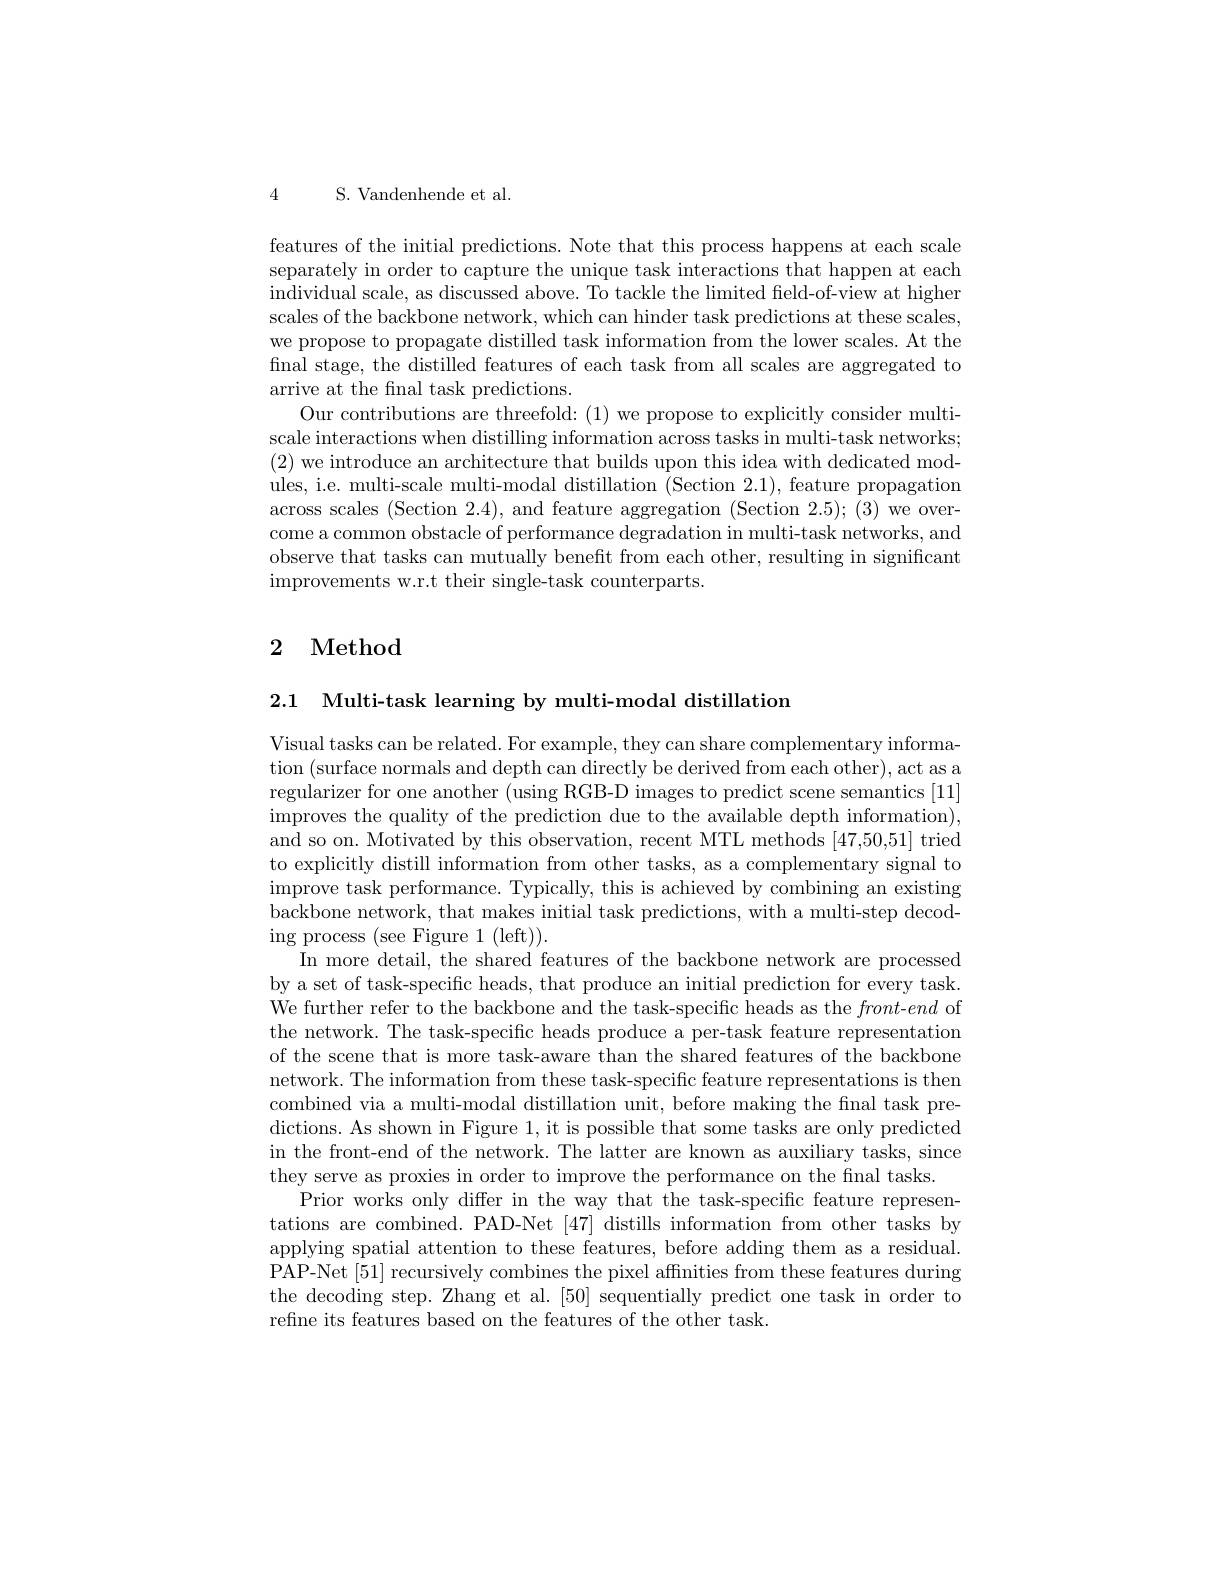
4 S. Vandenhende et al.

features of the initial predictions. Note that this process happens at each scale separately in order to capture the unique task interactions that happen at each individual scale, as discussed above. To tackle the limited field-of-view at higher scales of the backbone network, which can hinder task predictions at these scales, we propose to propagate distilled task information from the lower scales. At the final stage, the distilled features of each task from all scales are aggregated to arrive at the fnal task predictions.
Our contributions are threefold: (1) we propose to explicitly consider multiscale interactions when distilling information across tasks in multi-task networks; (2) we introduce an architecture that builds upon this idea with dedicated modules, i.e. multi-scale multi-modal distillation (Section 2.1), feature propagation across scales (Section 2.4), and feature aggregation (Section 2.5);(3) we overcome a common obstacle of performance degradation in multi-task networks, and observe that tasks can mutually beneft from each other, resulting in significant improvements w.r.t their single-task counterparts

# 2 Method

2.1 Multi-task learning by multi-modal distillation

Visual tasks can be related. For example, they can share complementary information (surface normals and depth can directly be derived from each other), act as a regularizer for one another (using RGB-D images to predict scene semantics [11] improves the quality of the prediction due to the available depth information), and so on. Motivated by this observation, recent MTL methods [47,50,51] tried to explicitly distill information from other tasks, as a complementary signal to improve task performance. Typically, this is achieved by combining an existing backbone network, that makes initial task predictions, with a multi-step decoding process (see Figure 1(left)).
In more detail, the shared features of the backbone network are processed by a set of task-specific heads, that produce an initial prediction for every task. We further refer to the backbone and the task-specific heads as the front-end of the network. The task-specific heads produce a per-task feature representation of the scene that is more task-aware than the shared features of the backbone network. The information from these task-specific feature representations is then combined via a multi-modal distillation unit, before making the final task predictions. As shown in Figure 1, it is possible that some tasks are only predicted in the front-end of the network. The latter are known as auxiliary tasks, since they serve as proxies in order to improve the performance on the final tasks.
Prior works only differ in the way that the task-specific feature representations are combined. PAD-Net [47] distills information from other tasks by applying spatial attention to these features, before adding them as a residual. PAP-Net [51] recursively combines the pixel affnities from these features during the decoding step. Zhang et al. [50] sequentially predict one task in order to refne its features based on the features of the other task.